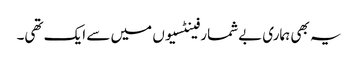
یہ بھی ہماری بےشمار فینٹسیوں میں سے ایک تھی۔